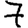
Digit: 7